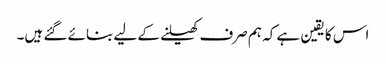
اس کا یقین ہے کہ ہم صرف کھیلنے کے لیے بنائے گئے ہیں۔